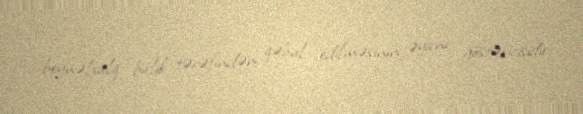
beynəlxalq birlik tərəfindən qəbul edilməsinin əyani göstəricisidir.